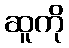
ဆူကို